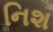
નિશ